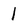
Character: 1